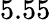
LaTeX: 5.55